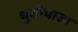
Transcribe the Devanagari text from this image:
धुडीपाडा